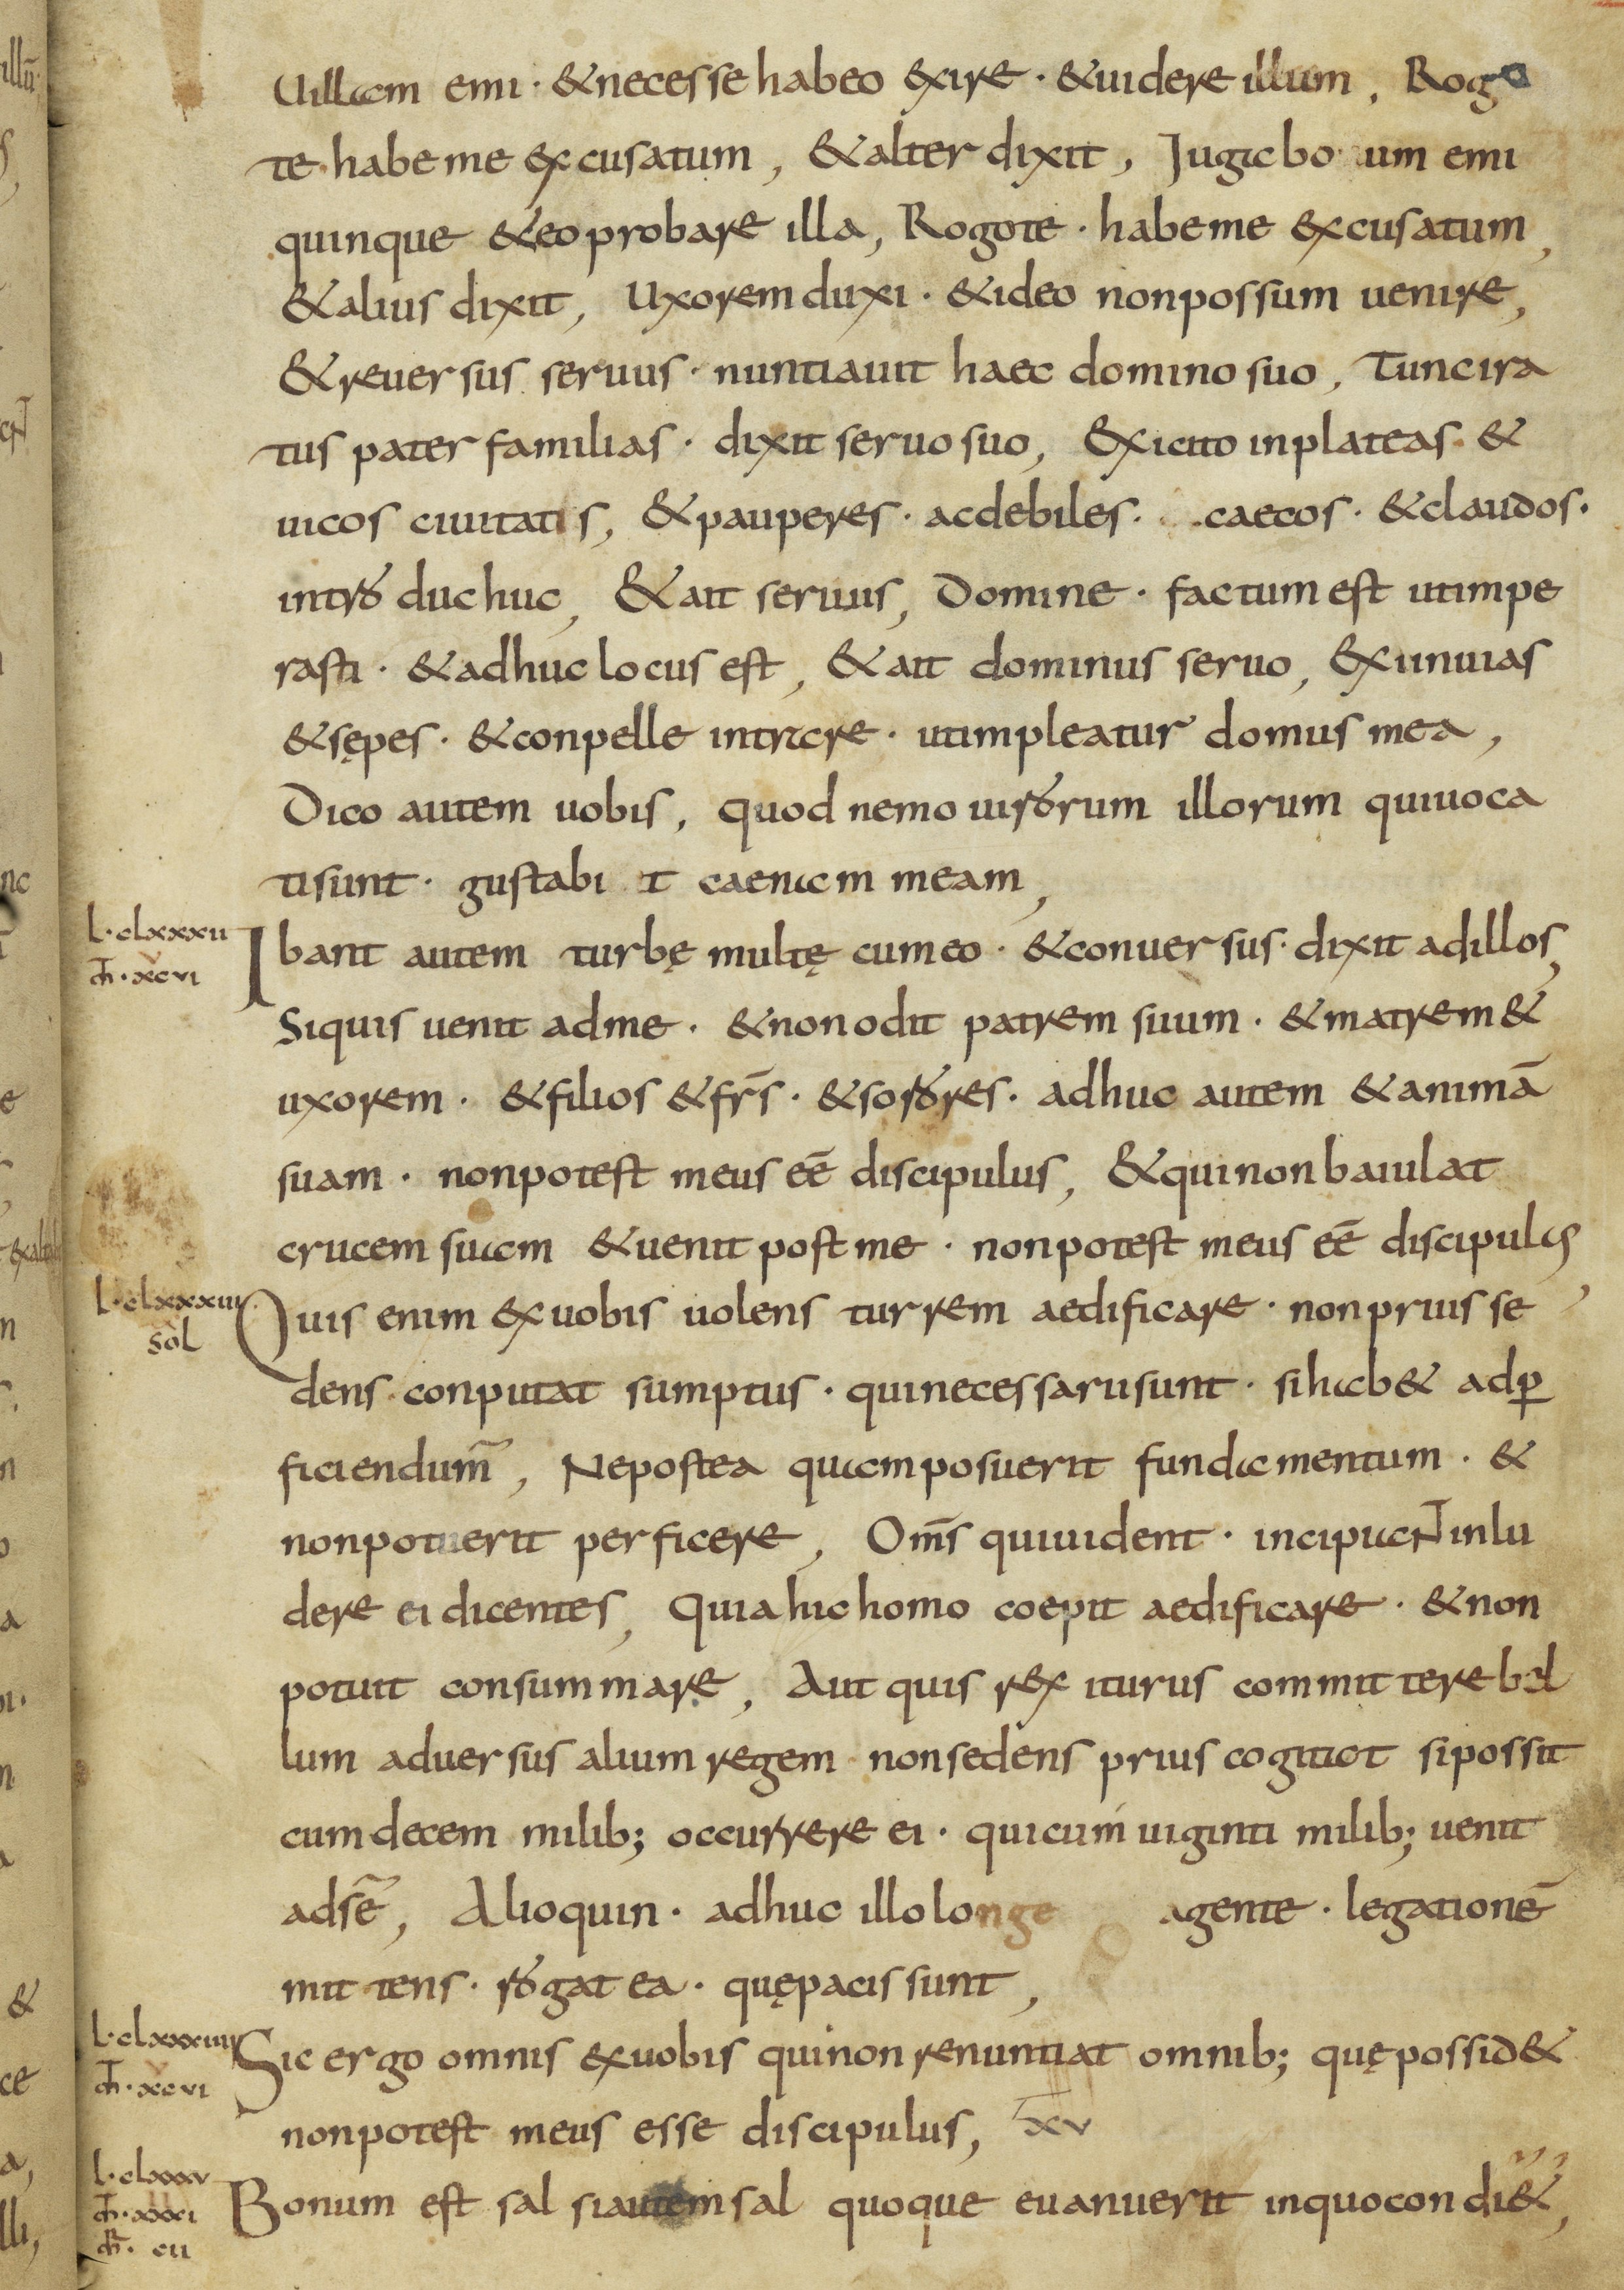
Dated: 800–899